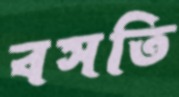
বসতি